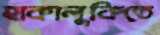
হাকালুকিতে